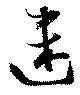
迷